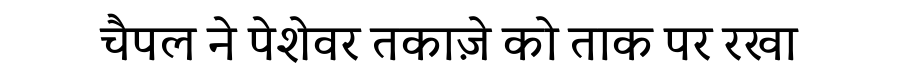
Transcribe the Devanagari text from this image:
चैपल ने पेशेवर तकाज़े को ताक पर रखा